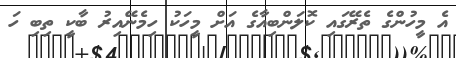
އެ މީހުންގެ ތެރޭގައި ކޮލަންބިއާގެ އަށް މީހަކު ހިމެނޭއިރު ބާކީ ތިބި ހަ